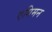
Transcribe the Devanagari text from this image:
एगिमन